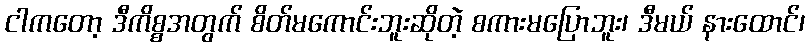
ငါကတော့ ဒီကိစ္စအတွက် စိတ်မကောင်းဘူးဆိုတဲ့ စကားမပြောဘူး၊ ဒီမယ် နားထောင်၊